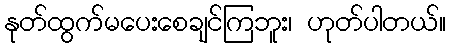
နုတ်ထွက်မပေးစေချင်ကြဘူး၊ ဟုတ်ပါတယ်။